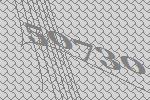
50730